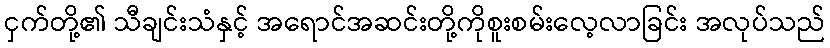
ငှက်တို့၏ သီချင်းသံနှင့် အရောင်အဆင်းတို့ကိုစူးစမ်းလေ့လာခြင်း အလုပ်သည်